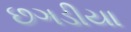
છગડીયા